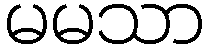
မမသာ